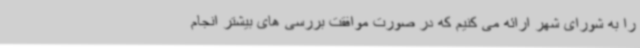
را به شورای شهر ارائه می کنیم که در صورت موافقت بررسی های بیشتر انجام